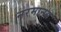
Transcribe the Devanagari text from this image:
नरमानस